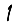
Digit: 1